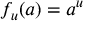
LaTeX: f _ { u } ( a ) = a ^ { u }